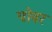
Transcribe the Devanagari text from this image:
पोवर